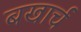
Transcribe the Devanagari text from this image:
बखार्च